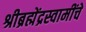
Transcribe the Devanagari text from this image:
श्रीब्रह्मेंद्रस्वामींचे